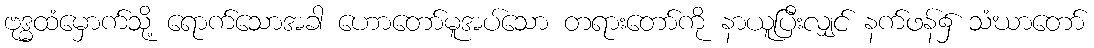
ဗုဒ္ဓထံမှောက်သို့ ရောက်သောအခါ ဟောတော်မူအပ်သော တရားတော်ကို နာယူပြီးလျှင် နက်ဖန်၌ သံဃာတော်